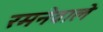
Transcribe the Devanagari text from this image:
रमनेवाले